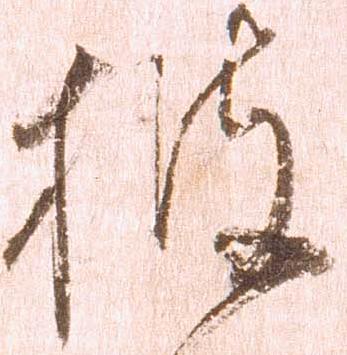
披